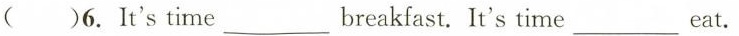
( )6.It's time___breakfast. It's time___ eat.